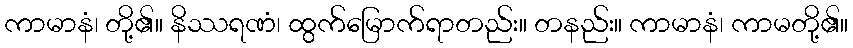
ကာမာနံ၊ တို့၏။ နိဿရဏံ၊ ထွက်မြောက်ရာတည်း။ တနည်း။ ကာမာနံ၊ ကာမတို့၏။